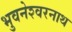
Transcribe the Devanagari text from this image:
भुवनेश्‍वरनाथ